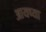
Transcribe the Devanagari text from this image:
आयच्या